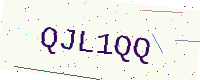
Text: QJL1QQ